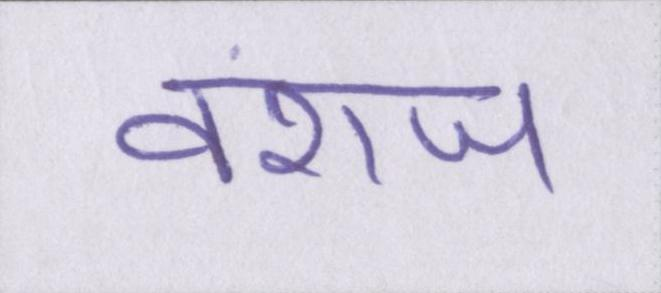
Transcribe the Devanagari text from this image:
वंशज